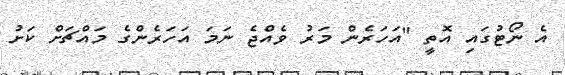
އެ ނޯޓުގައި އޮތީ "އަހަރެން މަރު ވެއްޖެ ނަމަ އަހަރެންގެ މައްޗަށް ކަށު